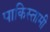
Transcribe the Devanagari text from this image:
पाकिस्तामी